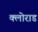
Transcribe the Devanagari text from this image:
क्लोराड